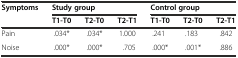
<table><thead><tr><td rowspan="2"><b>Symptoms</b></td><td colspan="3"><b>Study group</b></td><td colspan="3"><b>Control group</b></td></tr><tr><td><b>T1-T0</b></td><td><b>T2-T0</b></td><td><b>T2-T1</b></td><td><b>T1-T0</b></td><td><b>T2-T0</b></td><td><b>T2-T1</b></td></tr></thead><tbody><tr><td>Pain</td><td>.034*</td><td>.034*</td><td>1.000</td><td>.241</td><td>.183</td><td>.842</td></tr><tr><td>Noise</td><td>.000*</td><td>.000*</td><td>.705</td><td>.000*</td><td>.001*</td><td>.886</td></tr></tbody></table>